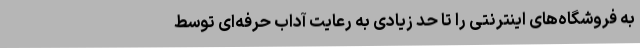
به فروشگاه‌های اینترنتی را تا حد زیادی به رعایت آداب حرفه‌ای توسط